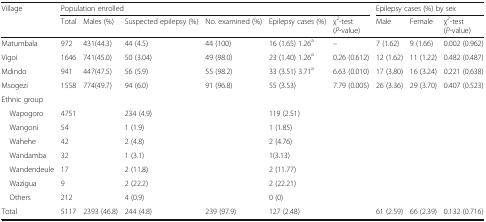
| <ROWSPAN=2> Village | <COLSPAN=6> Population enrolled | <COLSPAN=3> Epilepsy cases (%) by sex |
 | Total | Males (%) | Suspected epilepsy (%) | No. examined (%) | Epilepsy cases (%) | χ2-test (P-value) | Male | Female | χ2-test (P-value) |
 | --- | --- | --- | --- | --- | --- | --- | --- | --- | --- |
 | Matumbala | 972 | 431(44.3) | 44 (4.5) | 44 (100) | 16 (1.65) 1.26a | – | 7 (1.62) | 9 (1.66) | 0.002 (0.962) |
 | Vigoi | 1646 | 741(45.0) | 50 (3.04) | 49 (98.0) | 23 (1.40) 1.26a | 0.26 (0.612) | 12 (1.62) | 11 (1.22) | 0.482 (0.487) |
 | Mdindo | 941 | 447(47.5) | 56 (5.9) | 55 (98.2) | 33 (3.51) 3.71a | 6.63 (0.010) | 17 (3.80) | 16 (3.24) | 0.221 (0.638) |
 | Msogezi | 1558 | 774(49.7) | 94 (6.0) | 91 (96.8) | 55 (3.53) | 7.79 (0.005) | 26 (3.36) | 29 (3.70) | 0.407 (0.523) |
 | <COLSPAN=10> Ethnic group |
 | Wapogoro | 4751 |  | 234 (4.9) |  | 119 (2.51) |  |  |  |  |
 | Wangoni | 54 |  | 1 (1.9) |  | 1 (1.85) |  |  |  |  |
 | Wahehe | 42 |  | 2 (4.8) |  | 2 (4.76) |  |  |  |  |
 | Wandamba | 32 |  | 1 (3.1) |  | 1(3.13) |  |  |  |  |
 | Wandendeule | 17 |  | 2 (11.8) |  | 2 (11.77) |  |  |  |  |
 | Wazigua | 9 |  | 2 (22.2) |  | 2 (22.21) |  |  |  |  |
 | Others | 212 |  | 4 (0.9) |  | 0 (0) |  |  |  |  |
 | Total | 5117 | 2393 (46.8) | 244 (4.8) | 239 (97.9) | 127 (2.48) |  | 61 (2.59) | 66 (2.39) | 0.132 (0.716) |